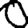
Digit: 0